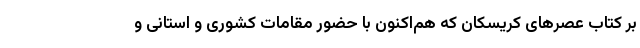
بر کتاب عصرهای کریسکان که هم‌اکنون با حضور مقامات کشوری و استانی و